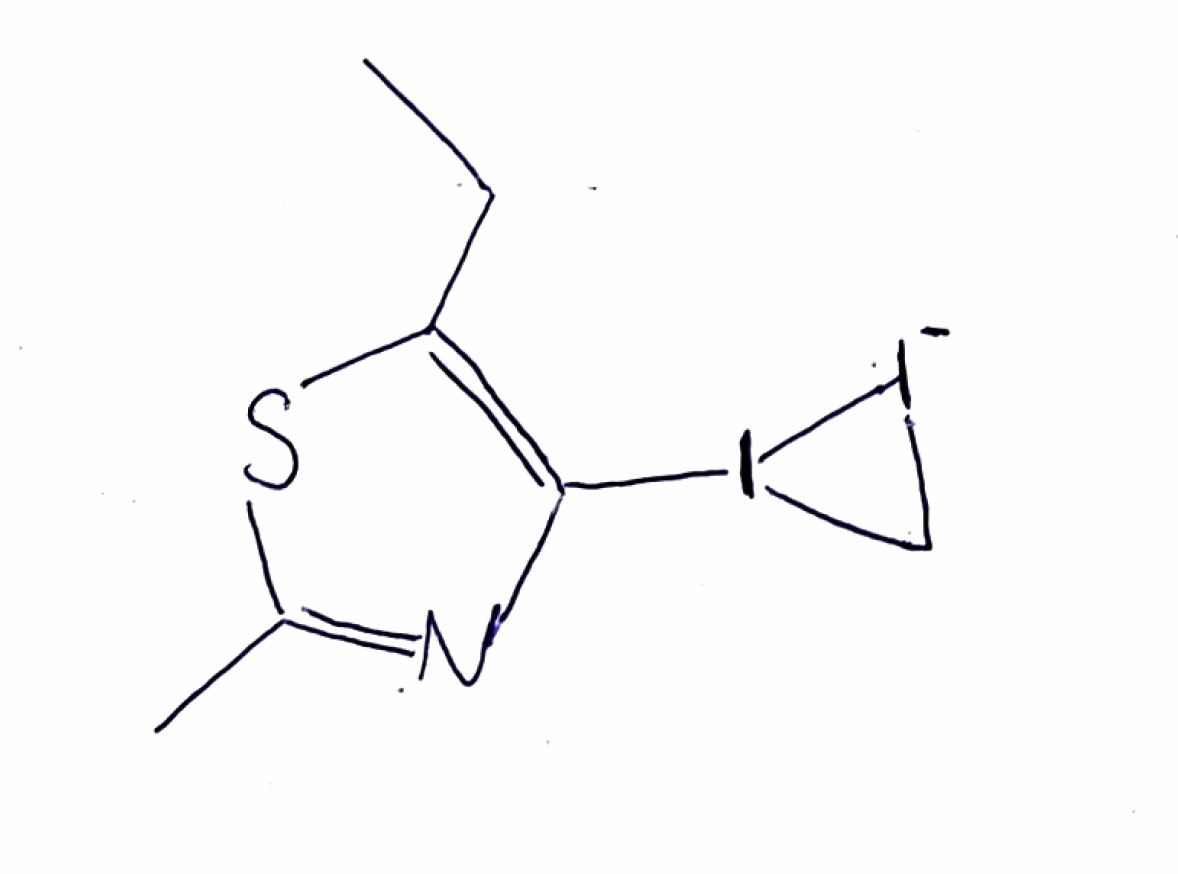
Simplified molecular-input line-entry system (SMILES) notation of the given molecule:
CCC1=C(N=C(S1)C)I2C[I-]2